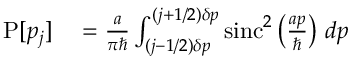
\begin{array} { r l } { \operatorname { P } [ p _ { j } ] } & { { } = { \frac { a } { \pi \hbar } } \int _ { ( j - 1 / 2 ) \delta p } ^ { ( j + 1 / 2 ) \delta p } \operatorname { s i n c } ^ { 2 } \left( { \frac { a p } { \hbar } } \right) \, d p } \end{array}